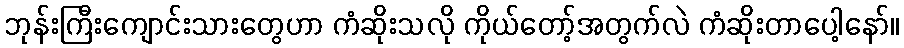
ဘုန်းကြီးကျောင်းသားတွေဟာ ကံဆိုးသလို ကိုယ်တော့်အတွက်လဲ ကံဆိုးတာပေါ့နော်။